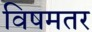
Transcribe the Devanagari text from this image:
विषमतर